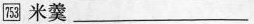
753 米羹___